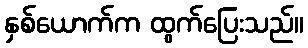
နှစ်ယောက်က ထွက်ပြေးသည်။